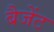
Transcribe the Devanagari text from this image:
बैजेंट